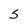
Character: S